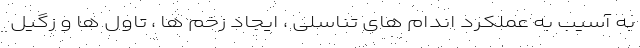
به آسیب به عملکرد اندام های تناسلی ، ایجاد زخم ها ، تاول ها و زگيل